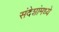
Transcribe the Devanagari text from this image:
संदेशांमध्ये